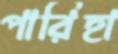
পারিহা